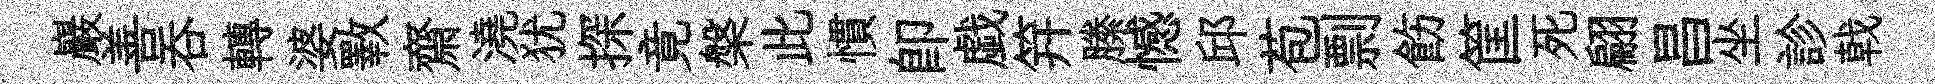
巖善呑轉婆斁齋澆犹探竟槃此慣卽戯笄縢憾邱苞剽飭筐死翩昌坐診戟